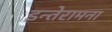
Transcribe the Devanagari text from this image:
इन्तेरामना